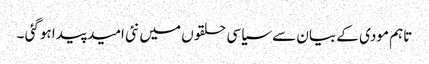
تاہم مودی کے بیان سے سیاسی حلقوں میں نئی امید پیدا ہوگئی ۔